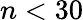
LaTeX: n<30